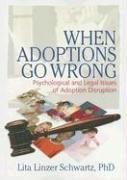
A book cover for When Adoptions Go Wrong: Psychological and Legal Issues of Adoption Disruption (Marriage and Family Therapy); Lita Linzer Schwartz; Law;